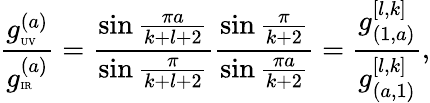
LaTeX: {\frac{g_{\tiny\mathrm{UV}}^{(a)}}{g_{\tiny\mathrm{IR}}^{(a)}}}={\frac{\sin{\frac{\pi a}{k+l+2}}}{\sin{\frac{\pi}{k+l+2}}}}{\frac{\sin{\frac{\pi}{k+2}}}{\sin{\frac{\pi a}{k+2}}}}={\frac{g_{(1,a)}^{[l,k]}}{g_{(a,1)}^{[l,k]}}},